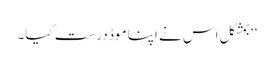
‘‘ بمشکل اس نے اپنا موڈ درست کیا۔